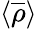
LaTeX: \langle{\overline{{\rho}}}\rangle